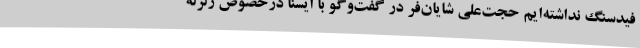
فیدسنگ نداشته‌ایم حجت‌علی شایان‌فر در گفت‌وگو با ایسنا درخصوص زلزله